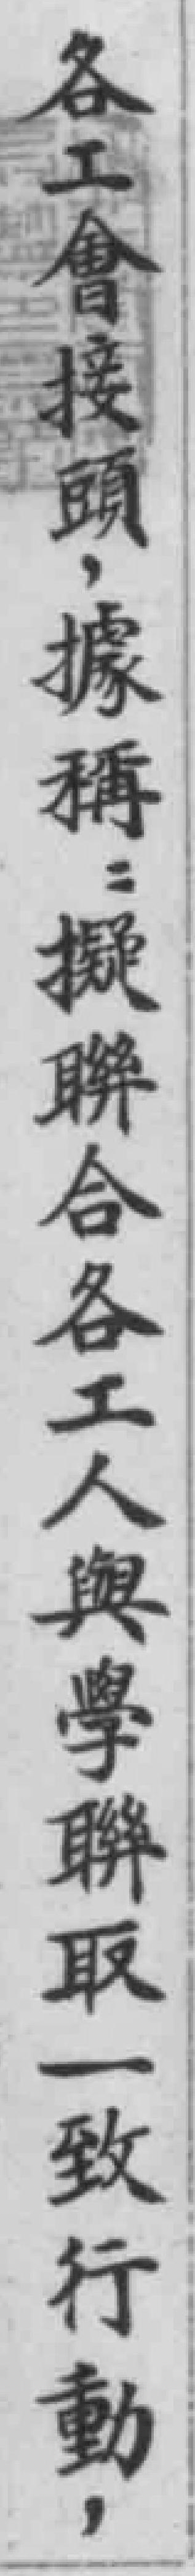
各工會接頭，據稱：擬聯合各工人與學聯取一致行動，